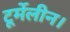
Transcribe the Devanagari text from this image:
टूर्मेलीन।